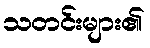
သတင်းများ၏